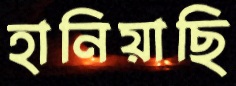
হানিয়াছি